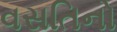
વસતિનો